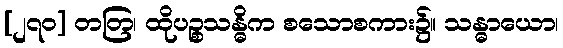
[၂၇၀] တတြ၊ ထိုပဉ္စသန္ဓိက စသောစကား၌။ သန္ဓာယော၊